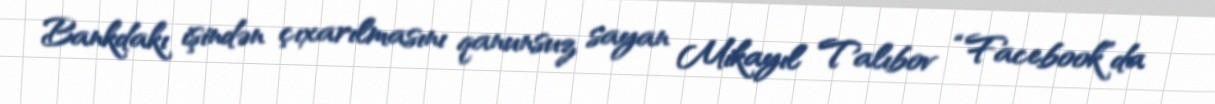
Bankdakı işindən çıxarılmasını qanunsuz sayan Mikayıl Talıbov “Facebook”da